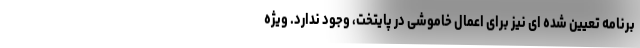
برنامه تعیین شده ای نیز برای اعمال خاموشی در پایتخت، وجود ندارد. ویژه